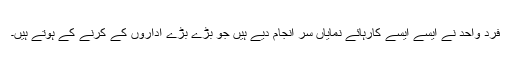
فردِ واحد نے ایسے ایسے کارہائے نمایاں سر انجام دیے ہیں جو بڑے بڑے اداروں کے کرنے کے ہوتے ہیں۔